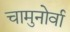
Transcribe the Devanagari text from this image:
चामुनोर्वा